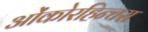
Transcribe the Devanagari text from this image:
ओंकोरहिन्चस